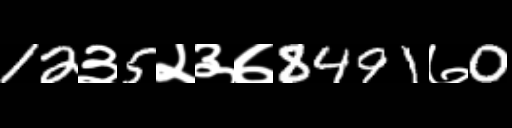
Text: 12३5२३७8491७0